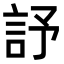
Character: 𧦃